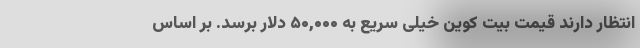
انتظار دارند قیمت بیت کوین خیلی سریع به ۵۰,۰۰۰ دلار برسد. بر اساس